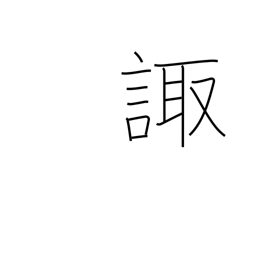
Meaning: consult